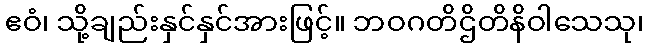
ဧဝံ၊ သို့ချည်းနှင်နှင်အားဖြင့်။ ဘဝဂတိဌိတိနိဝါသေသု၊